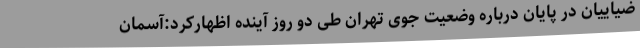
ضیاییان در پایان درباره وضعیت جوی تهران طی دو روز آینده اظهارکرد:آسمان